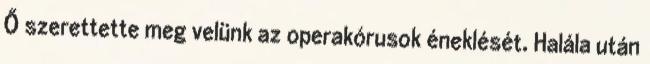
Ő szerettette meg velünk az operakórusok éneklését. Halála után